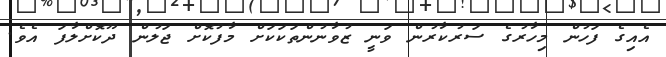
އެއިގެ ފަހުން މިހާރުގެ ސަރުކާރުން ވަނީ ޒުވާނުންތަކަކަށް މާފުކޮށް ޖަލުން ދޫކޮށްލާފަ އެވެ.